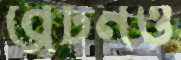
ব্রেটনও